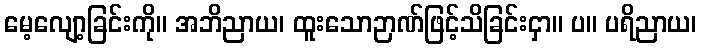
မေ့လျော့ခြင်းကို။ အဘိညာယ၊ ထူးသောဉာဏ်ဖြင့်သိခြင်းငှာ။ ပ။ ပရိညာယ၊